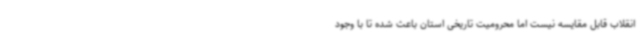
انقلاب قابل مقایسه نیست اما محرومیت تاریخی استان باعث شده تا با وجود